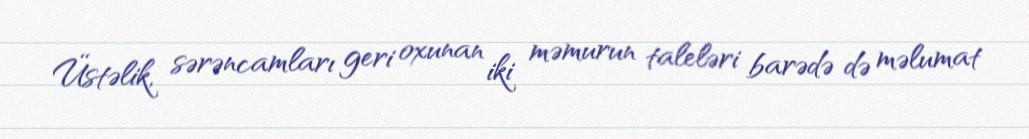
Üstəlik, sərəncamları geri oxunan iki məmurun taleləri barədə də məlumat